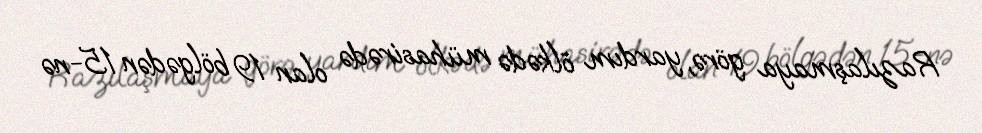
Razılaşmaya görə, yardım ölkədə mühasirədə olan 19 bölgədən 15-nə